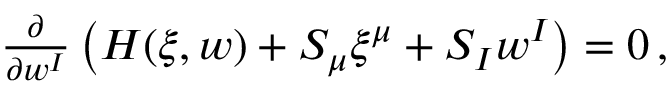
\begin{array} { r } { \frac { \partial } { \partial w ^ { I } } \left( H ( \xi , w ) + S _ { \mu } \xi ^ { \mu } + S _ { I } w ^ { I } \right) = 0 \, , } \end{array}